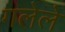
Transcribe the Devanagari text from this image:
गलेले